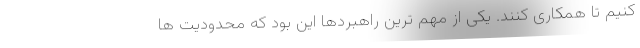
کنیم تا همکاری کنند. یکی از مهم ترین راهبردها این بود که محدودیت ها